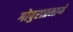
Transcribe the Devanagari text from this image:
गोपुराप्रमाणे